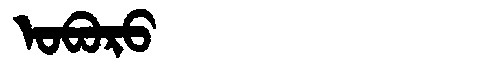
Manchu: ᠣᠪᠣᡵᠣ
Romanization: OBORO